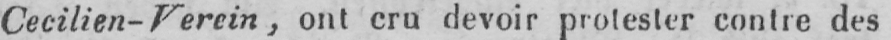
Cecilien- Verein, ont cru devoir protester contre des